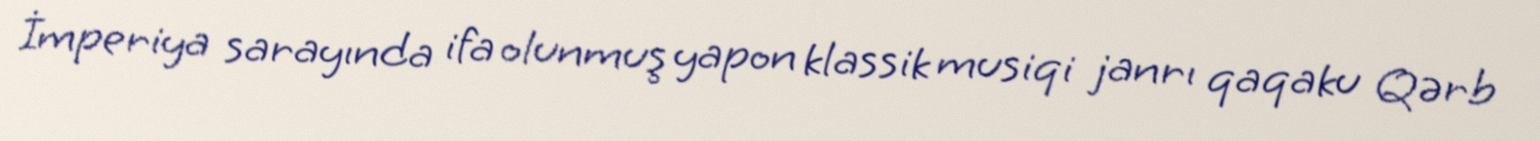
İmperiya sarayında ifa olunmuş yapon klassik musiqi janrı qaqaku Qərb